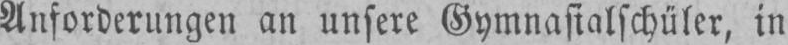
Anforderungen an unsere Gymnasialschüler, in